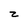
Character: z